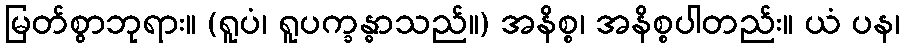
မြတ်စွာဘုရား။ (ရူပံ၊ ရူပက္ခန္ဓာသည်။) အနိစ္စ၊ အနိစ္စပါတည်း။ ယံ ပန၊